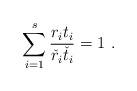
LaTeX: \begin{align*}\sum_{i=1}^s\frac{ r_i t_i}{\check r_i\check t_i}=1\ .\end{align*}